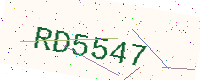
Text: RD5547